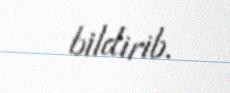
bildirib.